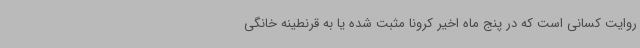
روایت کسانی است که در پنج ماه اخیر کرونا مثبت شده یا به قرنطینه خانگی